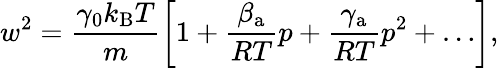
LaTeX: w^{2}=\frac{\gamma_{0}k_{\mathrm{B}}T}{m}\left[1+\frac{\beta_{\mathrm{a}}}{RT}p+\frac{\gamma_{\mathrm{a}}}{RT}p^{2}+\ldots\right],